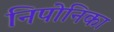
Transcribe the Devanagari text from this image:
निपोनिका